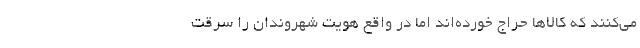
می‌کنند که کالاها حراج خورده‌اند اما در واقع هویت شهروندان را سرقت